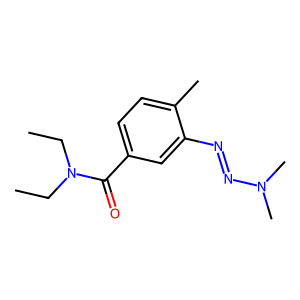
SMILES: CCN(CC)C(=O)c1ccc(C)c(N=NN(C)C)c1
Inhibits HIV replication: No